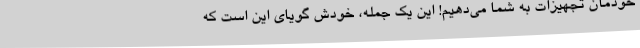
خودمان تجهیزات به شما می‌دهیم! این یک جمله، خودش گویای این است که